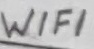
Text: WIFI